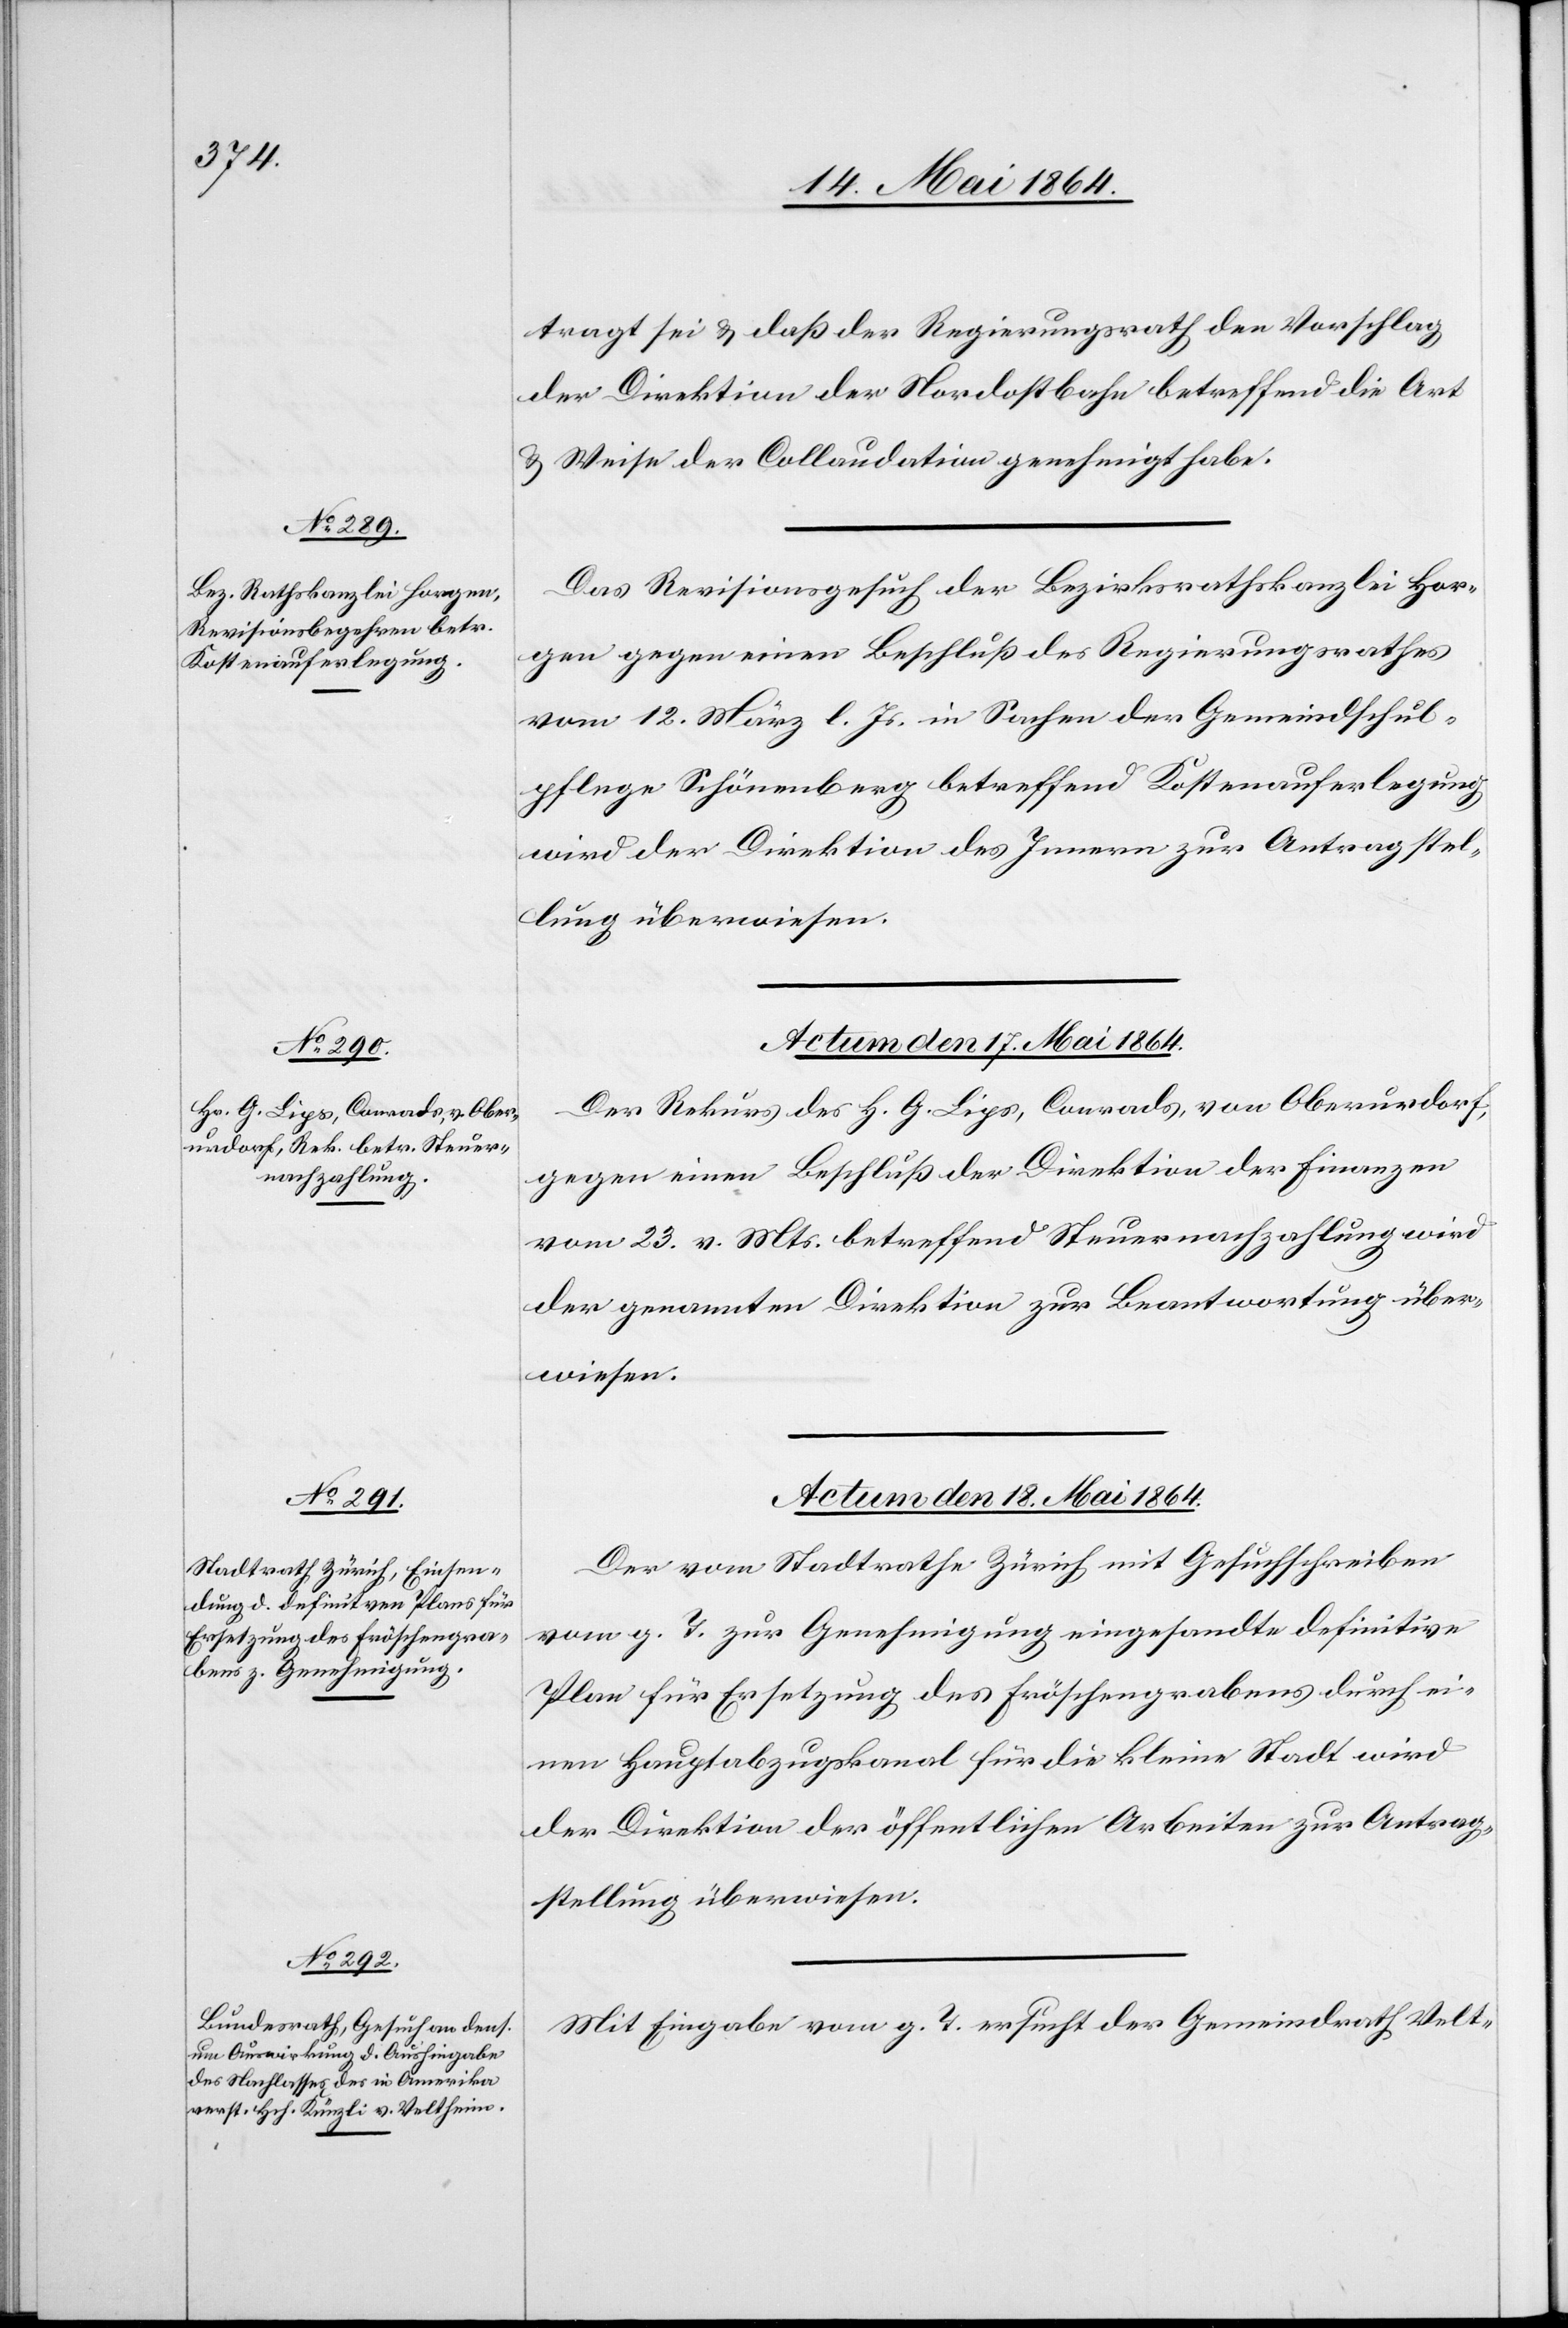
tragt sei u. daß der Regierungsrath den Vorschlag
der Direktion der Nordostbahn betreffend die Art
u. Weise der Collaudation genehmigt habe.
Das Revisionsgesuch der Bezirksrathskanzlei Hor¬
gen gegen einen Beschluß des Regierungsrathes
vom 12. März l. Js. in Sachen der Gemeindschul¬
pflege Schönenberg betreffend Kostenauferlegung
wird der Direktion des Innern zur Antragstel¬
lung überweisen.
Actum den 15. Mai 1864.
Der Rekurs des H. G. Lips, Conrads, von Oberurdorf,
gegen einen Beschluß der Direktion der Finanzen
vom 23. v. Mts. betreffend Steuernachzahlung wird
der genannten Direktion zur Beantwortung über¬
wiesen.
Actum den 18. Mai 1864.]
Der vom Stadtrathe Zürich mit Gesuchschreiben
vom g. T. zur Genehmigung eingesandte definitive
Plan für Ersetzung des Fröschengrabens durch ei¬
nen Hauptabzugskanal für die kleine Stadt wird
der Direktion der öffentlichen Arbeiten zur Antrag¬
stellung überwiesen.
Mit Eingabe vom g. T. ersucht der Gemeindrath Velt-